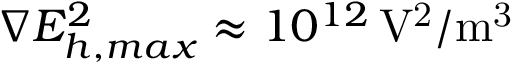
\nabla E _ { h , m a x } ^ { 2 } \approx 1 0 ^ { 1 2 } \, \mathrm { V ^ { 2 } / m ^ { 3 } }